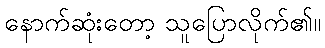
နောက်ဆုံးတော့ သူပြောလိုက်၏။